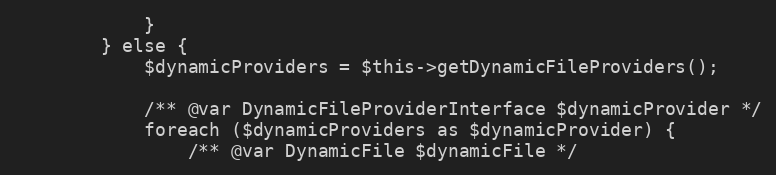
Language: PHP
            }
        } else {
            $dynamicProviders = $this->getDynamicFileProviders();

            /** @var DynamicFileProviderInterface $dynamicProvider */
            foreach ($dynamicProviders as $dynamicProvider) {
                /** @var DynamicFile $dynamicFile */